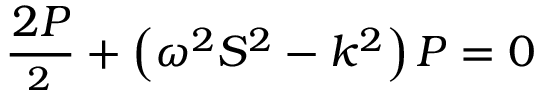
\frac { \d ^ { 2 } P } { \d z ^ { 2 } } + \left( \omega ^ { 2 } S ^ { 2 } - k ^ { 2 } \right) P = 0